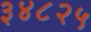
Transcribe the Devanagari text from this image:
३४८२५